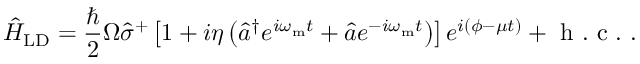
\hat { H } _ { \mathrm { L D } } = \frac { \hbar } { 2 } \Omega \hat { \sigma } ^ { + } \left[ 1 + i \eta \left( \hat { a } ^ { \dagger } e ^ { i \omega _ { \mathrm { m } } t } + \hat { a } e ^ { - i \omega _ { \mathrm { m } } t } \right) \right] e ^ { i ( \phi - \mu t ) } + \mathrm { ~ h ~ . ~ c ~ . ~ } .